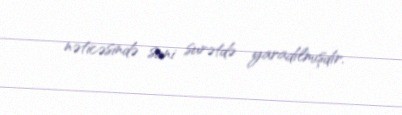
nəticəsində suni surətdə yaradılmışdır.